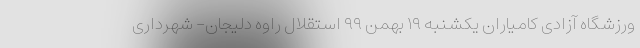
ورزشگاه آزادی کامیاران یکشنبه ۱۹ بهمن ۹۹ استقلال راوه دلیجان- شهرداری